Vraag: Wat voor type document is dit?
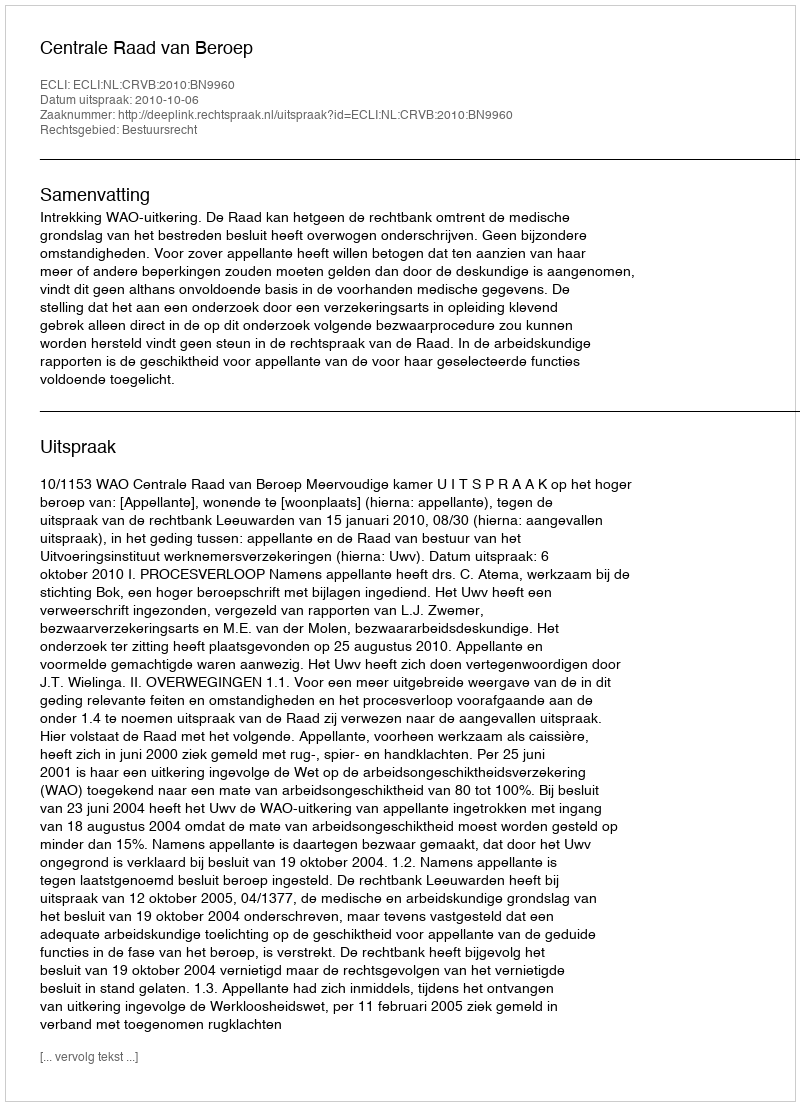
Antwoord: Uitspraak